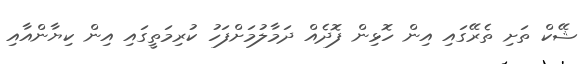
ޝޭކް ތަށި ތެރޭގައި އިން ހޮޅިން ފޮދެއް ދަމާލުމަށްފަހު ކުރިމަތީގައި އިން ކިޔާންއާއި